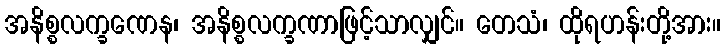
အနိစ္စလက္ခဏေန၊ အနိစ္စလက္ခဏာဖြင့်သာလျှင်။ တေသံ၊ ထိုရဟန်းတို့အား။